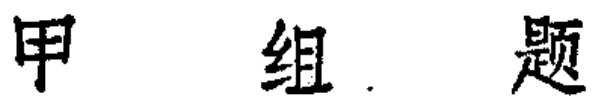
甲组题